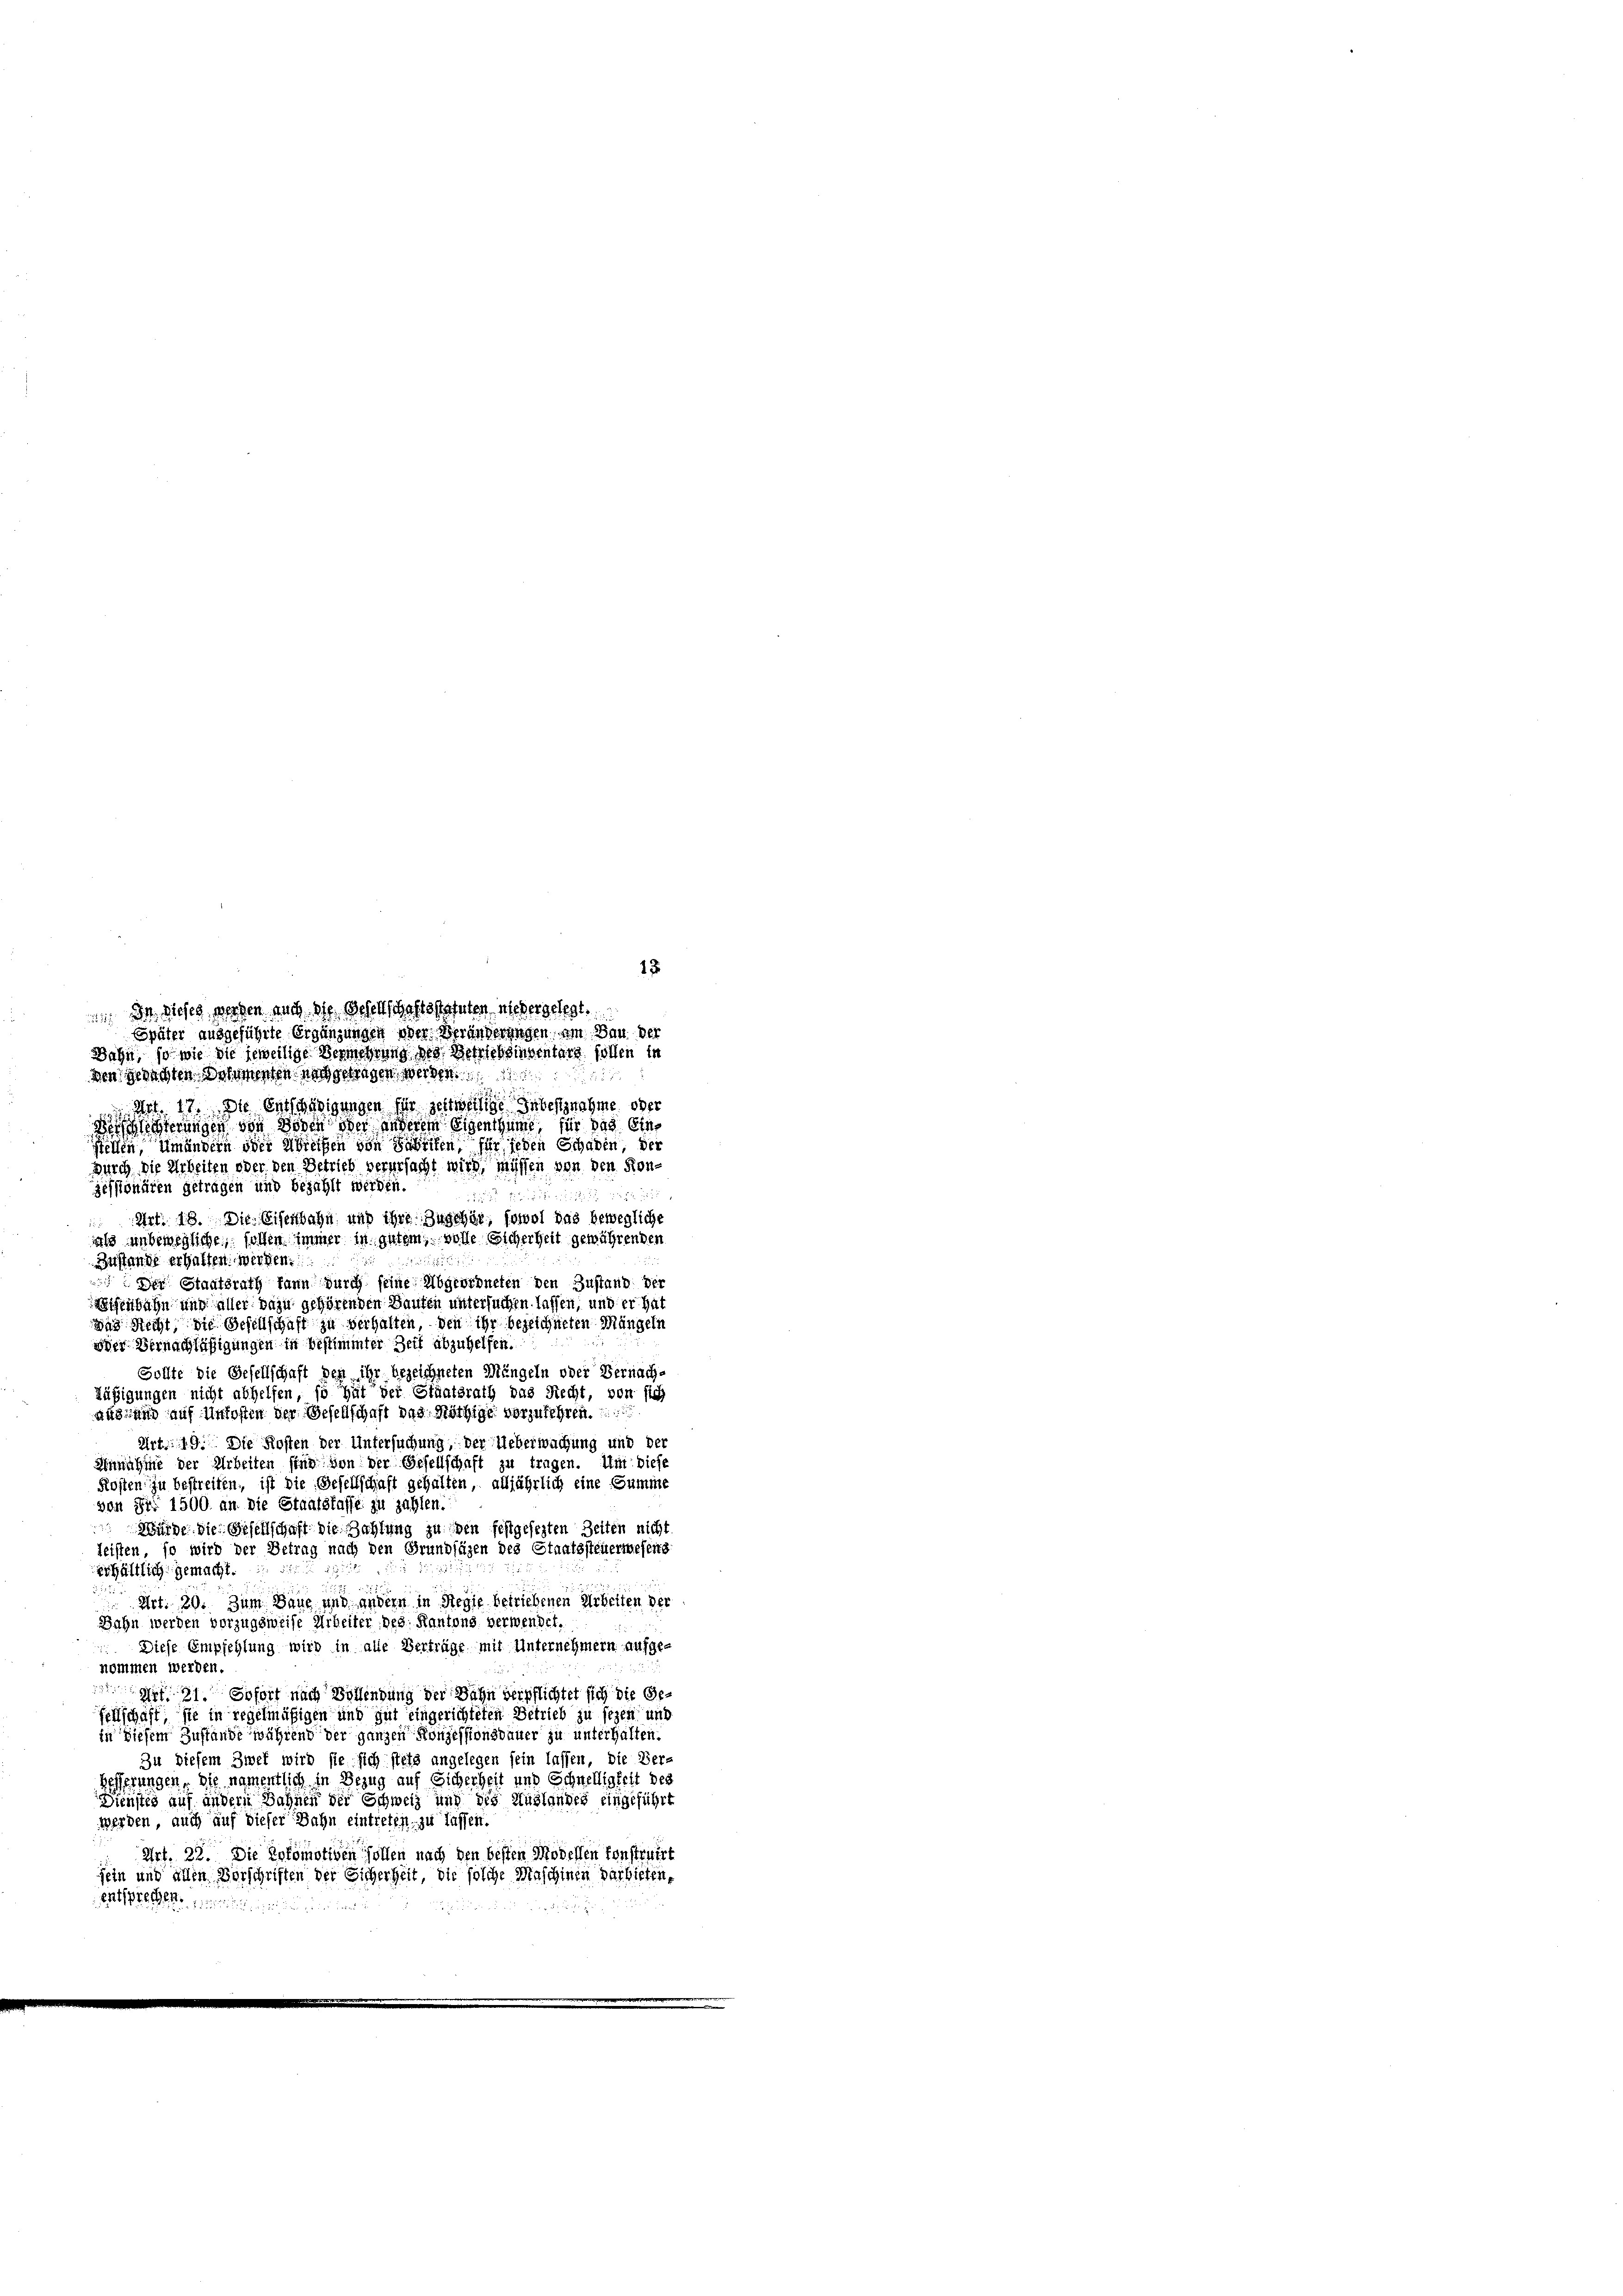
13
 Da dieses werden auch die Gesellschaftsstatuten niedergelegt.
Später ausgeführte Ergänzungen oder Veränderungen am Bau der
Dahn, so wie die jeweilige Vermehrung des Betriebsinventars sollen in
den gedachten Schementen nachgetragen werden.
Ant. 17. Die Entschädigungen für seitweilige zu besitznahme, oder
Verschlechterungen von Boden oder anderem Eigenthume für das Eine

stellen, Umändern oder Wielsen von Fabriken, für jeden Schaden, der
durch die Arbeiten oder den Betrieb verursacht wird, müssen von den Kongessionären getragen und bezahlt werden.
8
 Art. 13. Die Eisenbahn und ihre Zuschär, sowol das bewegliche
als unbeweglichen sollen immer in gutem volle Sicherheit gewährenden
Zustande erhalten. werden.
Der Staatsrath kann durch seine Abgeordneten den Zustand der
Wisenbahn und aller dazu gehörenden Bauten untersuchen lassen, und er hat
das Recht, die Gesellschaft zu verhalten, den ihr bezeichneten Mängeln
oder Vernachläßigungen in bestimmter Zeit abzuhelfen.
Sollte die Gesellschaft den ihr bezeichneten Mängeln oder Vernach¬
Läßigungen nicht abhelfen, so hüt der Staatsrath das Recht, von sich
aus und auf Unkosten der Gesellschaft das Nöthige vorzulehren.
Art. 49. Die Kosten der Untersuchung, der Ueberwachung und der
Annahme der Arbeiten sind von der Gesellschaft zu tragen. Um diese
Kosten zu bestreiten, ist die Gesellschaft gehalten, alljährlich eine Summe
von S. 1500. an die Staatskasse zu zahlen.
 Würde die Gesellschaft die Zahlung zu den festgesezten Zeiten nicht
leisten, so wird der Betrag nach den Grundsäzen des Staatssteuerweseng
erhältlich gemacht.
 Art. 20. Zum Baue und andern in Regie betriebenen Arbeiten der
Bahn werden vorzugsweise Arbeiter des Kantons verwendet.
 Diese Empfehlung wird in alle Verträge mit Unternehmern aufgenommen werden.
f 31. Sofort nach Bollendung der Bahn verpflichtet sich die Gesellschaft sie in regelmäßigen und gut eingerichteten Betrieb zu sezen und
in diesem Zustande während der ganzen Konzessionsdauer zu unterhalten.
Zu diesem Zwei wird sie sich stets angelegen sein lassen, die Ver-
Besserungen, sie namentlich in Bezug auf Sicherheit und Schnelligkeit des
Dienstes auf andern Sahnen der Schweiz und des Auslandes eingeführt
werden, auch auf dieser Bahn eintreten, zu lassen.
Art. 22. Die Lokomotiven sollen nach den besten Modellen konstruirt
sein und allen Vorschriften der Sicherheit, die solche Maschinen darbieten,
entsprechen.
r